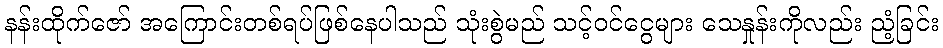
နန်းထိုက်ဇော် အကြောင်းတစ်ရပ်ဖြစ်နေပါသည် သုံးစွဲမည် သင့်ဝင်ငွေများ သေနှုန်းကိုလည်း ညံ့ခြင်း